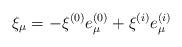
LaTeX: \begin{align*}\xi_\mu=-\xi^{(0)}e^{(0)}_\mu+\xi^{(i)}e^{(i)}_\mu\end{align*}